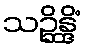
သဉ္ဆိန္ဒိံ